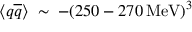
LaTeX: \langle q { \overline { { q } } } \rangle \; \sim \; - ( 2 5 0 - 2 7 0 \, \mathrm { M e V } ) ^ { 3 }